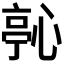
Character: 𭝵